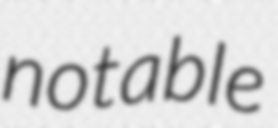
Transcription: notable